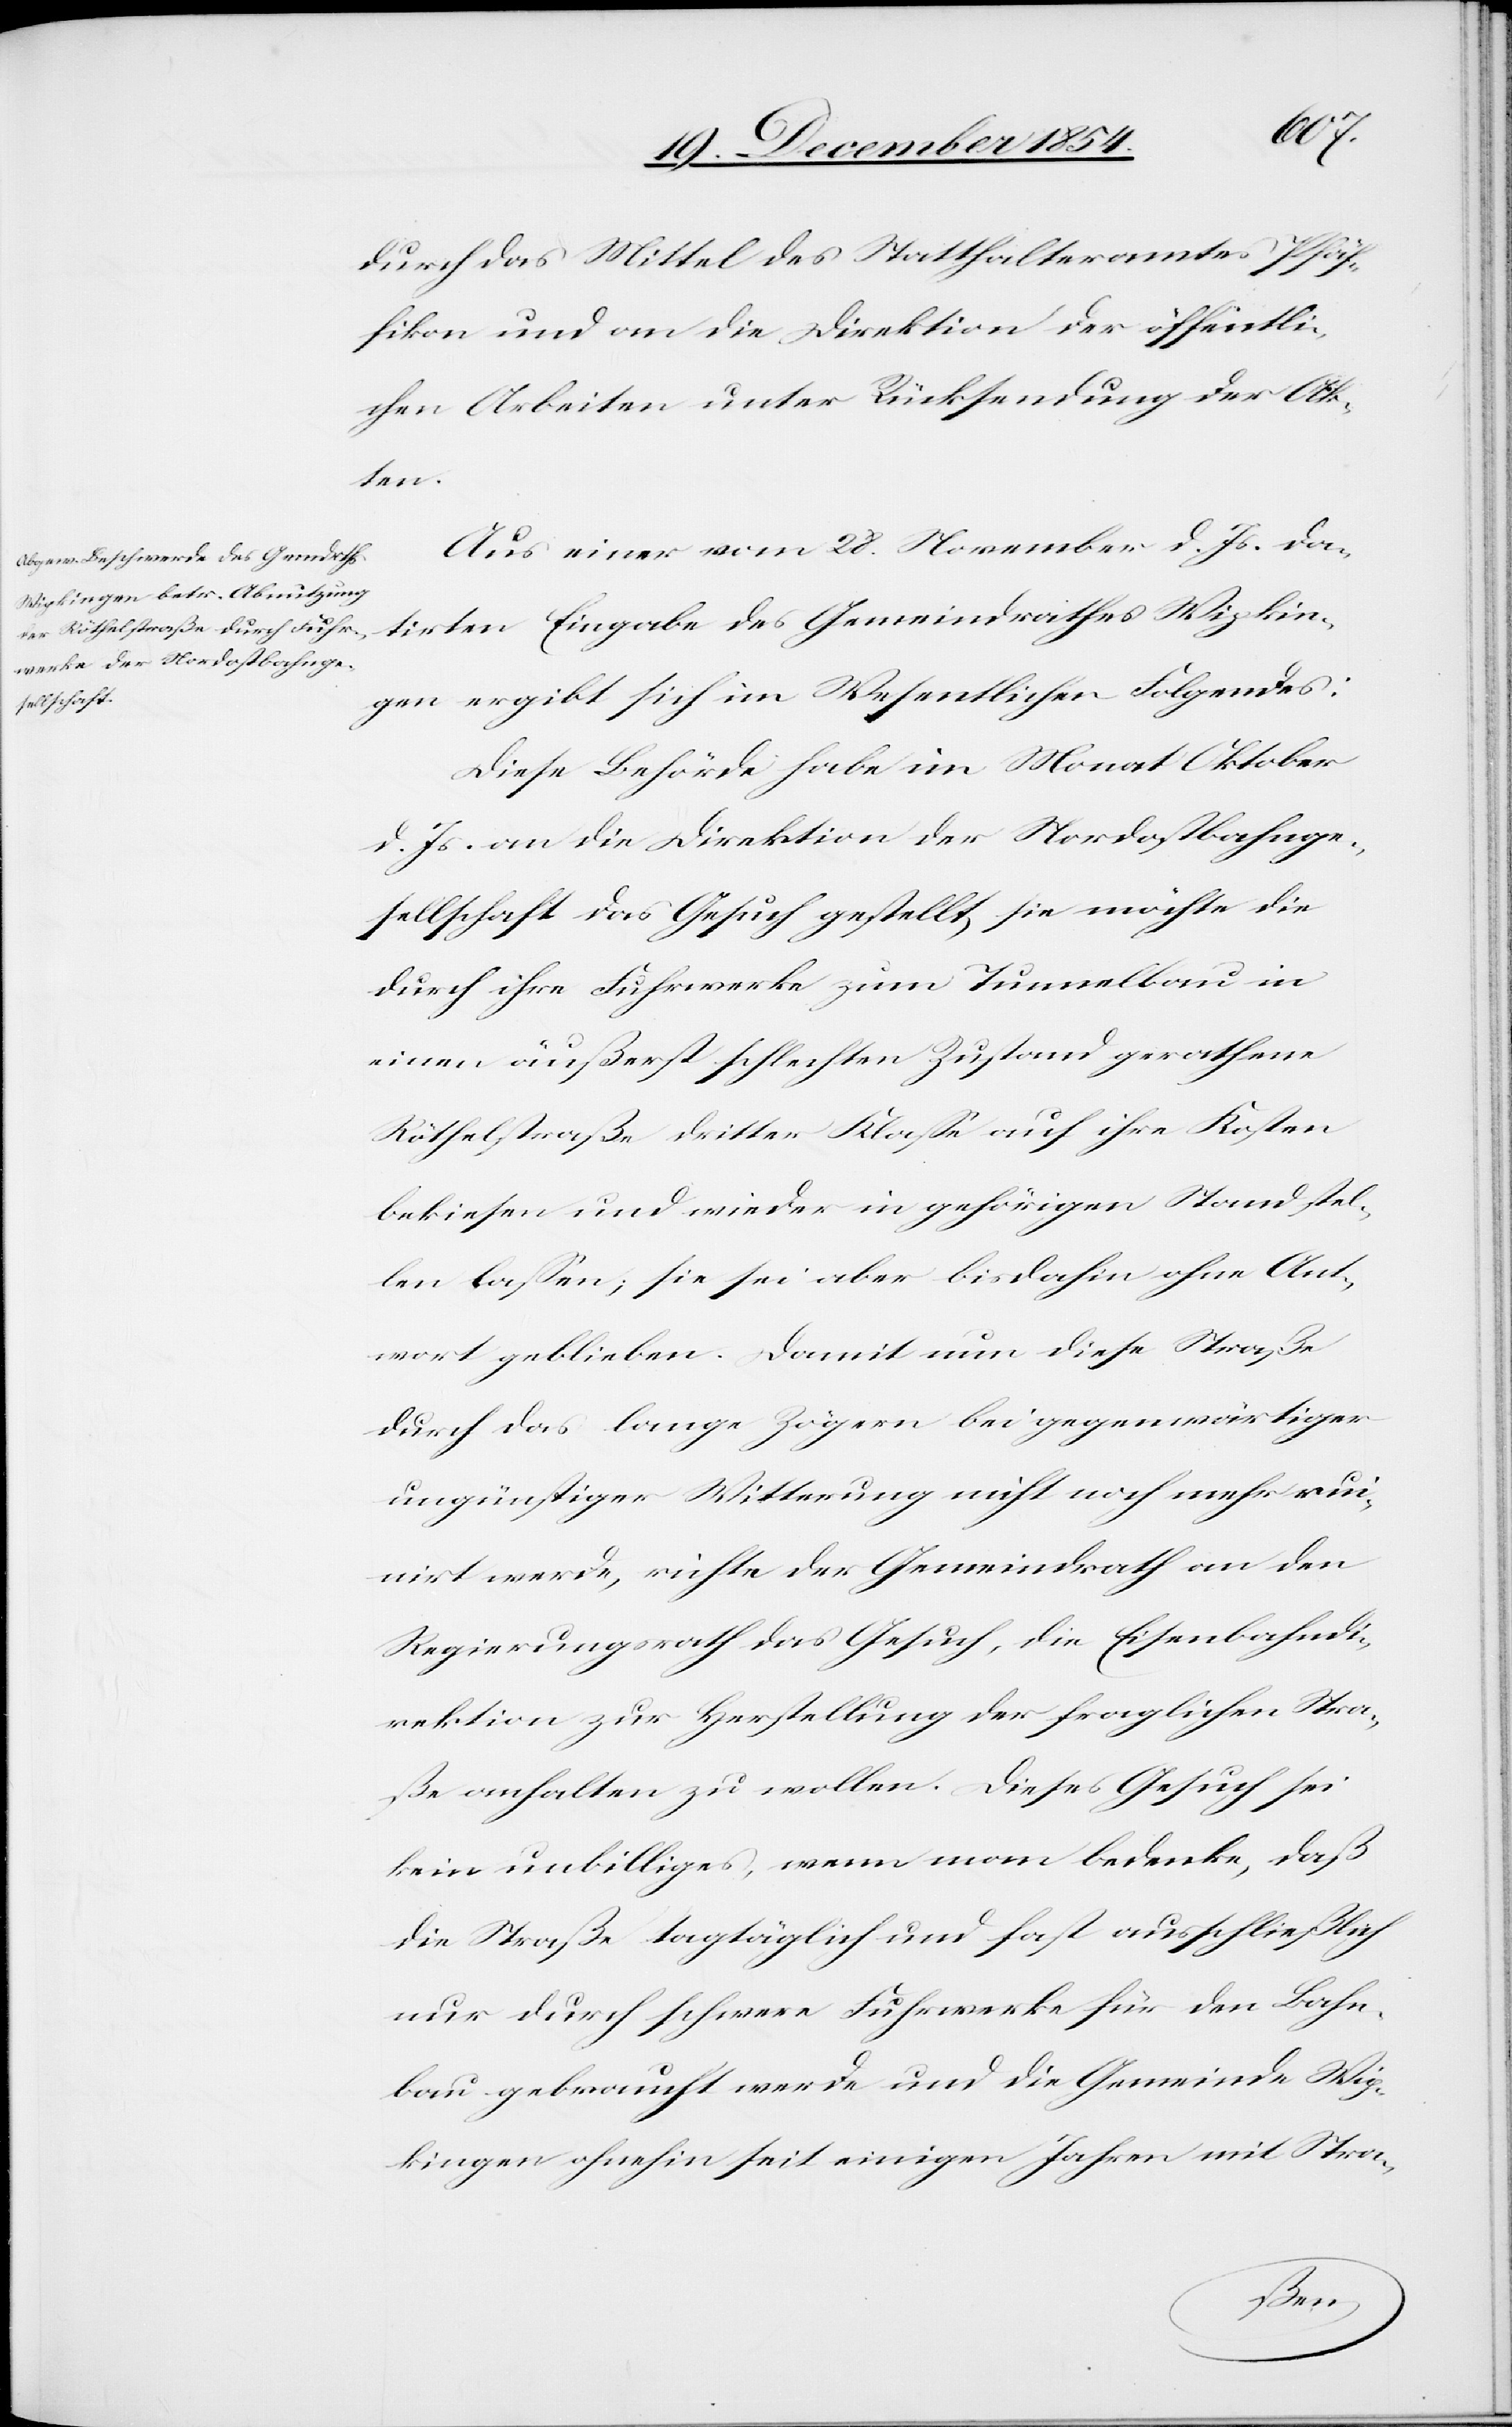
durch das Mittel des Statthalteramtes Pfäf¬
fikon und an die Direktion der öffentli¬
chen Arbeiten unter Rücksendung der Ak¬
ten.
Aus einer vom 28. November d. Js. da¬
tirten Eingabe des Gemeindrathes Wipkin¬
gen ergibt sich im Wesentlichen Folgendes:
Diese Behörde habe im Monat Oktober
d. Js. an die Direktion der Nordostbahnge¬
sellschaft das Gesuch gestellt, sie möchte die
durch ihre Fuhrwerke zum Tunnelbau in
einen äußerst schlechten Zustand gerathene
Röthelstraße dritter Klaße auf ihre Kosten
bekiesen und wieder in gehörigen Stand stel¬
len laßen; sie sei aber bis dahin ohne Ant¬
wort geblieben. Damit nun diese Straße
durch das lange Zögern bei gegenwärtiger
ungünstiger Witterung nicht noch mehr ruin¬
irt werde, richte der Gemeindrath an den
Regierungsrath das Gesuch, die Eisenbahndi¬
rektion zur Herstellung der fraglichen Stra¬
ße anhalten zu wollen. Dieses Gesuch sei
kein unbilliges, wenn man bedenke, daß
die Straße tagtäglich und fast ausschließlich
nur durch schwere Fuhrwerke für den Bahn¬
bau gebraucht werde und die Gemeinde Wip¬
kingen ohnehin seit einigen Jahren mit Stra-